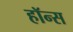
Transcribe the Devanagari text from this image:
हॉन्स